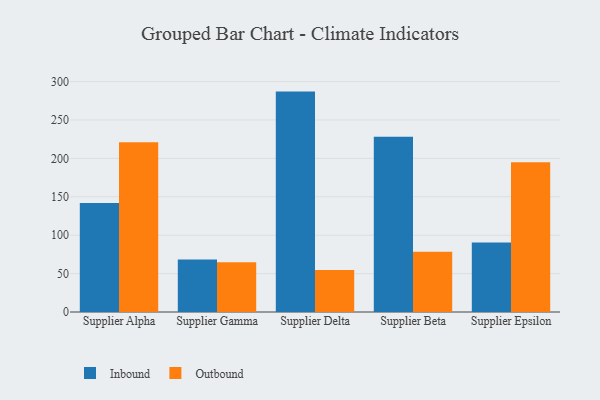
{"axis": {"x": "Supplier", "y": "Conversion Rate (%)"}, "legend": ["Inbound", "Outbound"], "data": [{"x": "Supplier Alpha", "y": 141.8, "type": "Inbound"}, {"x": "Supplier Alpha", "y": 221.0, "type": "Outbound"}, {"x": "Supplier Gamma", "y": 68.3, "type": "Inbound"}, {"x": "Supplier Gamma", "y": 64.7, "type": "Outbound"}, {"x": "Supplier Delta", "y": 287.0, "type": "Inbound"}, {"x": "Supplier Delta", "y": 54.6, "type": "Outbound"}, {"x": "Supplier Beta", "y": 228.2, "type": "Inbound"}, {"x": "Supplier Beta", "y": 78.5, "type": "Outbound"}, {"x": "Supplier Epsilon", "y": 90.5, "type": "Inbound"}, {"x": "Supplier Epsilon", "y": 194.9, "type": "Outbound"}]}